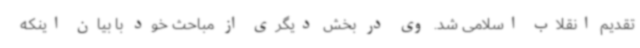
تقدیم انقلاب اسلامی شد. وی در بخش دیگری از مباحث خود با بیان اینکه